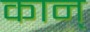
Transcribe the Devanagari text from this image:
कान्‌